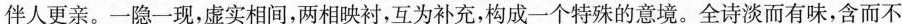
伴人更亲。一隐一现，虚实相间，两相映衬，互为补充，构成一个特殊的意境。全诗淡而有味，含而不